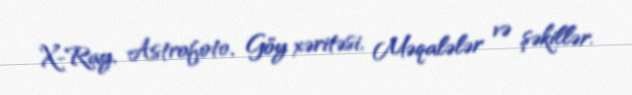
X-Ray, Astrofoto, Göy xəritəsi, Məqalələr və şəkillər.